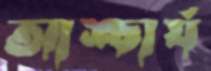
আশ্চার্য